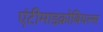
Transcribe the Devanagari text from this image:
एंटीमाइक्रोबियल्स